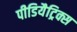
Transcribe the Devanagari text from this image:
पीडियैट्रिक्स